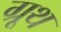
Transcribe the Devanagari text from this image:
ग्रूथ